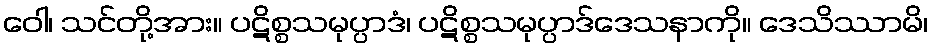
ဝေါ၊ သင်တို့အား။ ပဋိစ္စသမုပ္ပာဒံ၊ ပဋိစ္စသမုပ္ပာဒ်ဒေသနာကို။ ဒေသိဿာမိ၊